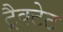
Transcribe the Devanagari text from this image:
ट्रैक्टेट